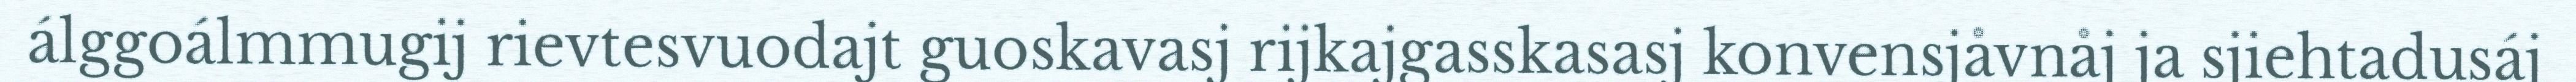
álggoálmmugij rievtesvuodajt guoskavasj rijkajgasskasasj konvensjåvnåj ja sjiehtadusáj